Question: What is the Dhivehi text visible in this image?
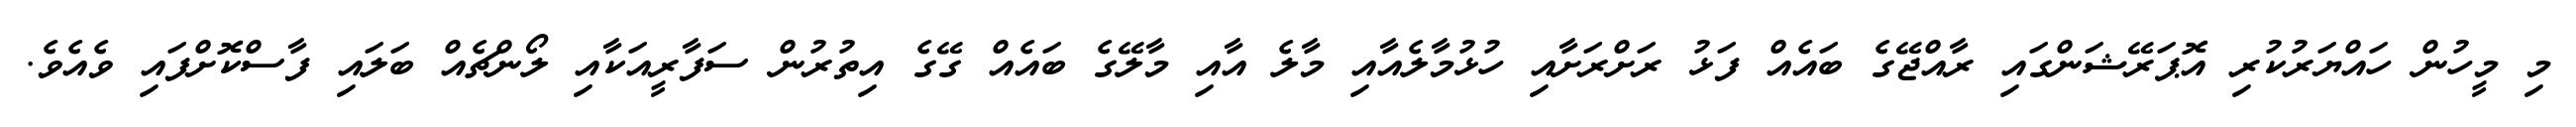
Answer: މި މީހުން ހައްޔަރުކުރި އޮޕަރޭޝަންގައި ރާއްޖޭގެ ބައެއް ފަޅު ރަށްރަށާއި ހުޅުމާލެއާއި މާލެ އާއި މާލޭގެ ބައެއް ގޭގެ އިތުރުން ސަފާރީއަކާއި ލޯންޗެއް ބަލައި ފާސްކޮށްފައި ވެއެވެ.